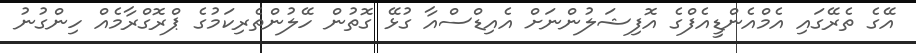
އޭގެ ތެރޭގައި އެމްއެންޑީއެފްގެ އޮފިޝަލުންނަށް އެއިޑްސްއާ ގުޅޭ ގޮތުން ހޭލުންތެރިކަމުގެ ޕްރޮގްރާމެއް ހިންގުނު